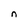
Character: n